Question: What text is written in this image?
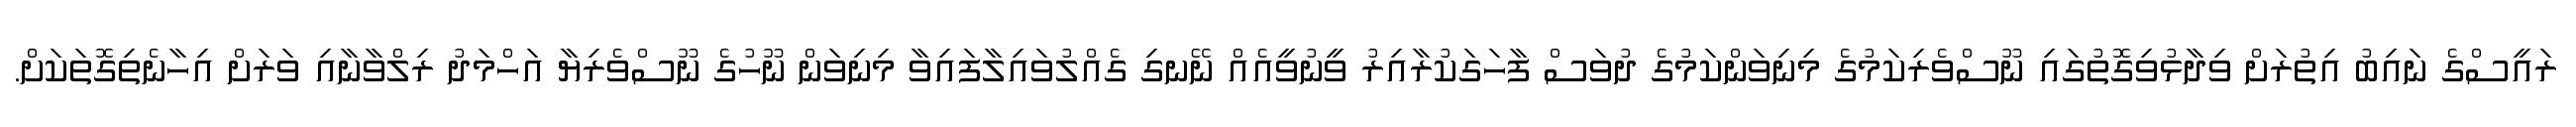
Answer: ރައީސްގެ ނައިބު އިތުރަށް ވިދާޅުވިގޮތުގައި ނޫސްވެރިކަމުގެ މިނިވަންކަމުގެ ދުވަސް ފާހަގަކުރާއިރު ވީނުވީއެއް ނޭނގި ގެއްލުވައިލާފައިވާ މިނިވަން ނޫހުގެ ނޫސްވެރިޔާ އަހްމަދު ރިލްވާނާއި ވަރަށް އިހާނެތިގޮތަކަށް.